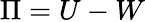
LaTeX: \Pi=U-W